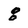
Character: 8